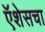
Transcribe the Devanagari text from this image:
ऍशेसचा